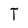
Character: T